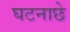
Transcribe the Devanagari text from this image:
घटनाछे